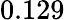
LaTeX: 0.129